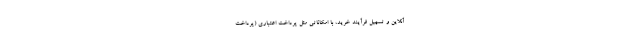
آنلاین و تسهیل فرآیند خرید، با امکاناتی مثل پرداخت اعتباری (پرداخت